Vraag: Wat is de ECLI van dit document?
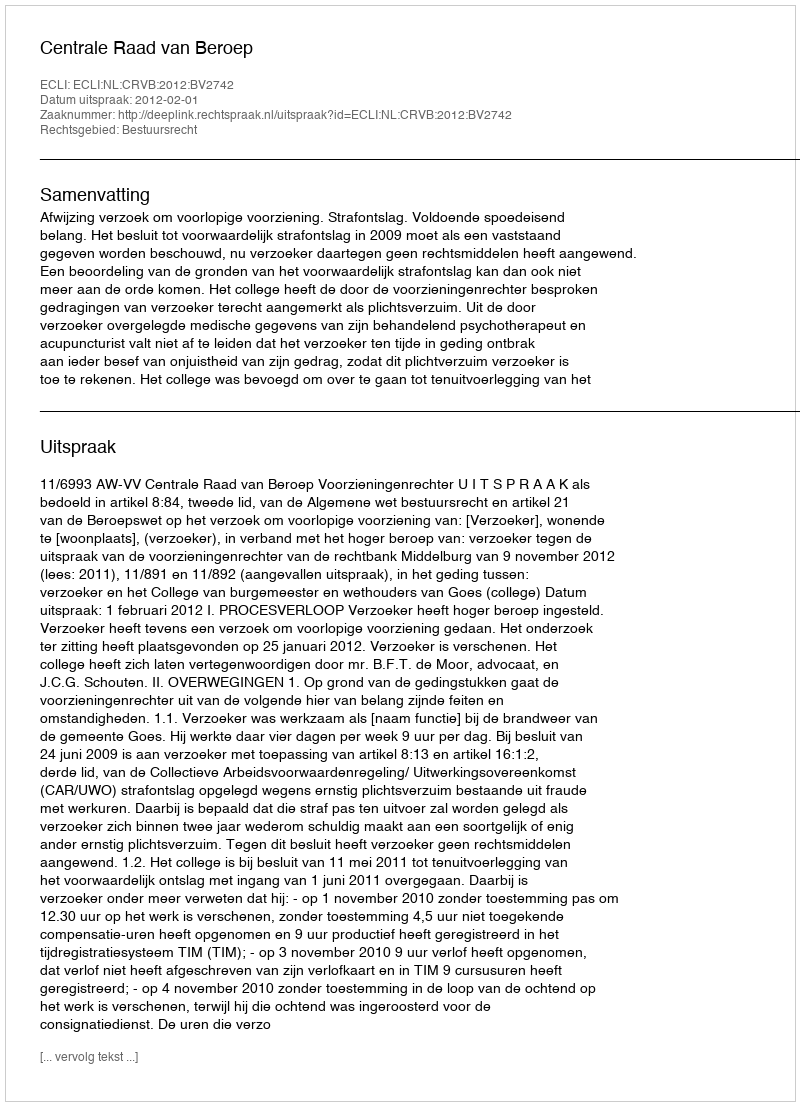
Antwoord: ECLI:NL:CRVB:2012:BV2742